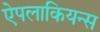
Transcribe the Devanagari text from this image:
ऐपलाकियन्स